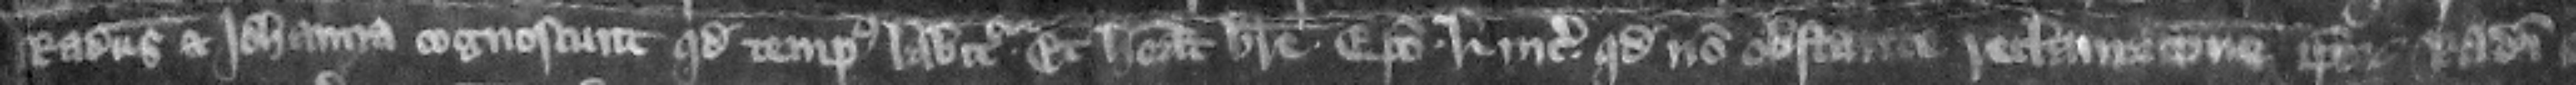
Radulfus et Iohanna cognoscunt quod tempus labitur. Et habeat breue episcopo Lincolniensi quod non obstante reclamacione ipsorum Radulfi et